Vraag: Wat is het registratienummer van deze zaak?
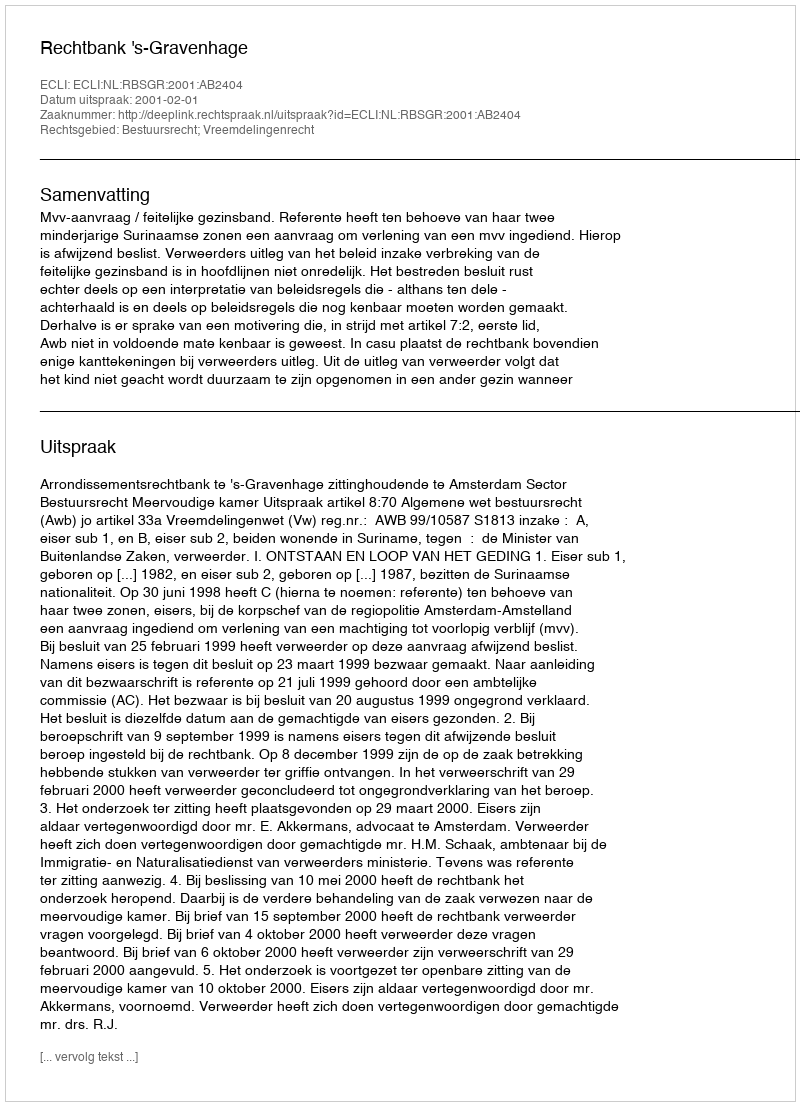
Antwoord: http://deeplink.rechtspraak.nl/uitspraak?id=ECLI:NL:RBSGR:2001:AB2404